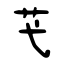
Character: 芅